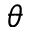
\theta